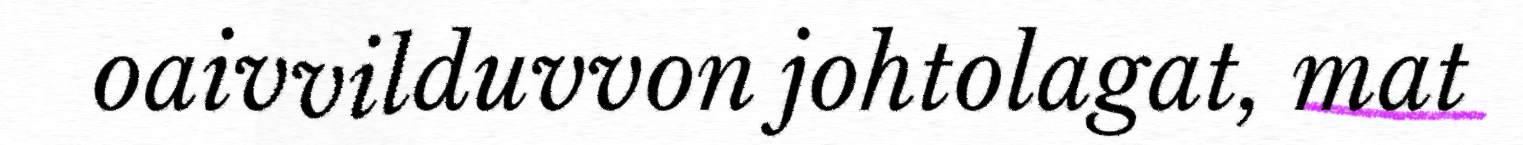
oaivvilduvvon johtolagat, mat